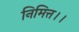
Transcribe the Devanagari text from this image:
निमित्त।।